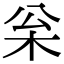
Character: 枀